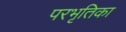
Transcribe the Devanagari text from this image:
परभृतिका